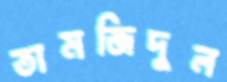
তামজিদুল